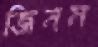
জিনম